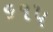
૬૧૫